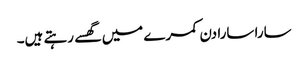
سارا سارا دن کمرے میں گھسے رہتے ہیں۔